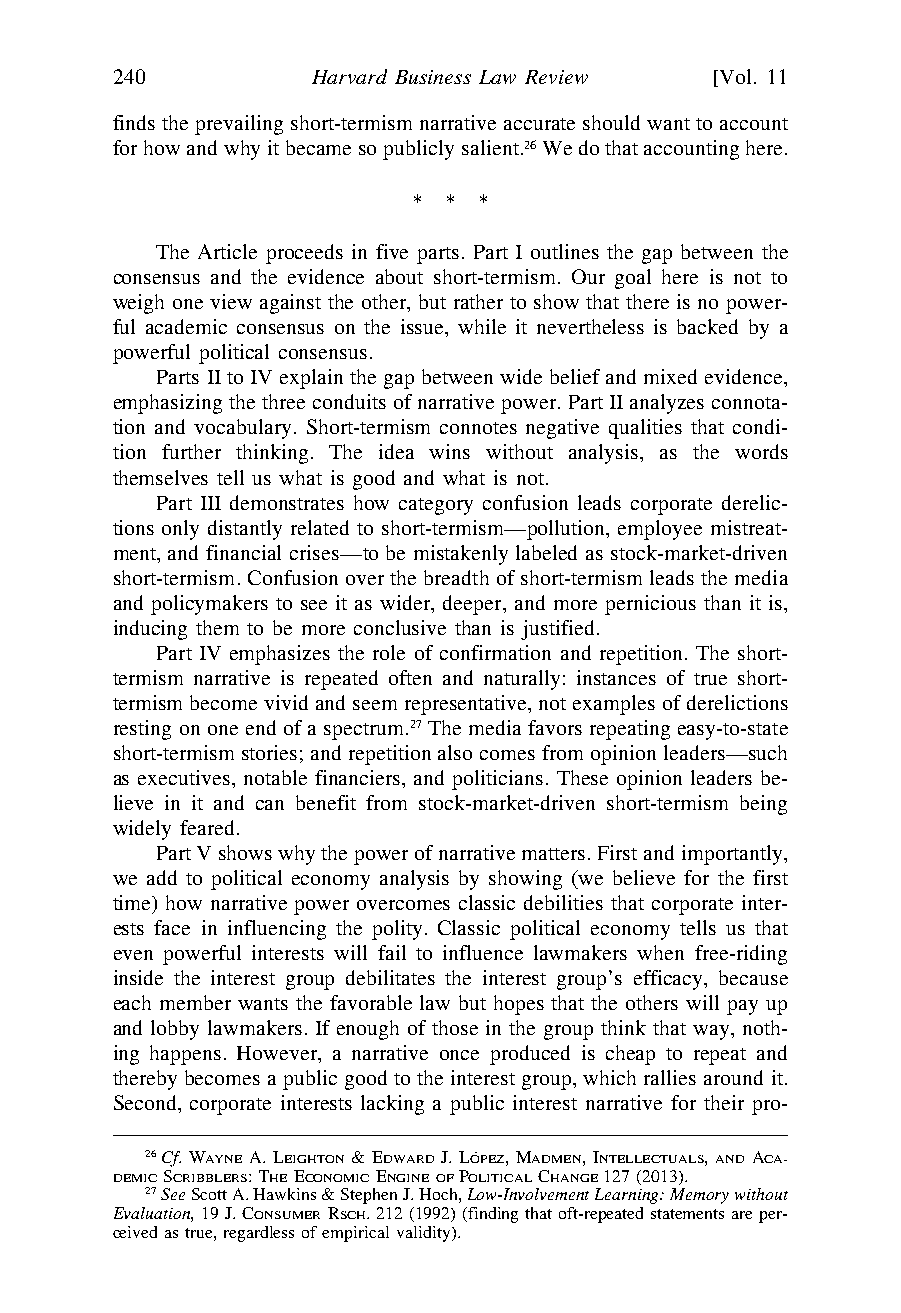
\\jciprod01\productn\H\HLB\11-2\HLB204.txt unknown Seq: 8 29-OCT-21 16:05
 240          Harvard Business Law Review [Vol. 11
 finds the prevailing short-termism narrative accurate should want to account
 for how and why it became so publicly salient.26 We do that accounting here.
 * * *
 The Article proceeds in five parts. Part I outlines the gap between the
 consensus and the evidence about short-termism. Our goal here is not to
 weigh one view against the other, but rather to show that there is no power-
 ful academic consensus on the issue, while it nevertheless is backed by a
 powerful political consensus.
 Parts II to IV explain the gap between wide belief and mixed evidence,
 emphasizing the three conduits of narrative power. Part II analyzes connota-
 tion and vocabulary. Short-termism connotes negative qualities that condi-
 tion further thinking. The idea wins without analysis, as the words
 themselves tell us what is good and what is not.
 Part III demonstrates how category confusion leads corporate derelic-
 tions only distantly related to short-termism—pollution, employee mistreat-
 ment, and financial crises—to be mistakenly labeled as stock-market-driven
 short-termism. Confusion over the breadth of short-termism leads the media
 and policymakers to see it as wider, deeper, and more pernicious than it is,
 inducing them to be more conclusive than is justified.
 Part IV emphasizes the role of confirmation and repetition. The short-
 termism narrative is repeated often and naturally: instances of true short-
 termism become vivid and seem representative, not examples of derelictions
 resting on one end of a spectrum.27 The media favors repeating easy-to-state
 short-termism stories; and repetition also comes from opinion leaders—such
 as executives, notable financiers, and politicians. These opinion leaders be-
 lieve in it and can benefit from stock-market-driven short-termism being
 widely feared.
 Part V shows why the power of narrative matters. First and importantly,
 we add to political economy analysis by showing (we believe for the first
 time) how narrative power overcomes classic debilities that corporate inter-
 ests face in influencing the polity. Classic political economy tells us that
 even powerful interests will fail to influence lawmakers when free-riding
 inside the interest group debilitates the interest group’s efficacy, because
 each member wants the favorable law but hopes that the others will pay up
 and lobby lawmakers. If enough of those in the group think that way, noth-
 ing happens. However, a narrative once produced is cheap to repeat and
 thereby becomes a public good to the interest group, which rallies around it.
 Second, corporate interests lacking a public interest narrative for their pro-
 26Cf. WAYNE A. LEIGHTON & EDWARD J. LO´PEZ, MADMEN, INTELLECTUALS, AND ACA-
 DEMIC SCRIBBLERS: THE ECONOMIC ENGINEOF POLITICAL CHANGE 127 (2013).
 27See Scott A. Hawkins & Stephen J. Hoch, Low-Involvement Learning: Memory without
 Evaluation, 19 J. CONSUMER RSCH. 212 (1992) (finding that oft-repeated statements are per-
 ceived as true, regardless of empirical validity).